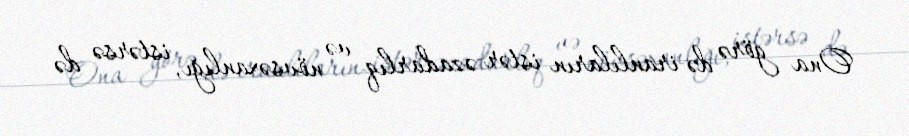
Ona görə də iranlıların istər əzadarlıq və növsəxanlığı, istərsə də